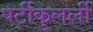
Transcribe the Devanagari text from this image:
पर्टीकुलर्ली